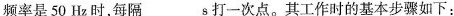
频率是50Hz时，每隔___s打一次点。其工作时的基本步骤如下：